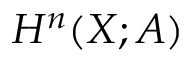
H ^ { n } ( X ; A )